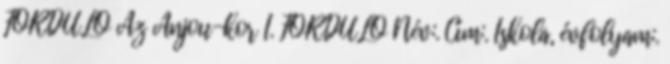
FORDULÓ Az Anjou-kor I. FORDULÓ Név:. Cím:. Iskola, évfolyam:.